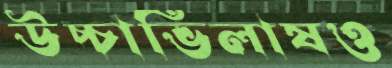
উচ্চাভিলাষও